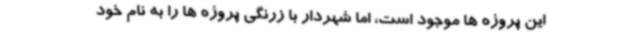
این پروژه ها موجود است، اما شهردار با زرنگی پروژه ها را به نام خود